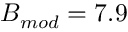
B _ { m o d } = 7 . 9